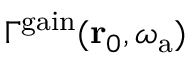
\Gamma ^ { \mathrm { g a i n } } ( \mathbf { r } _ { 0 } , \omega _ { \mathrm { a } } )